Annual vaccination report of Bihar and Orissa - 1911-1928
Year: 1911
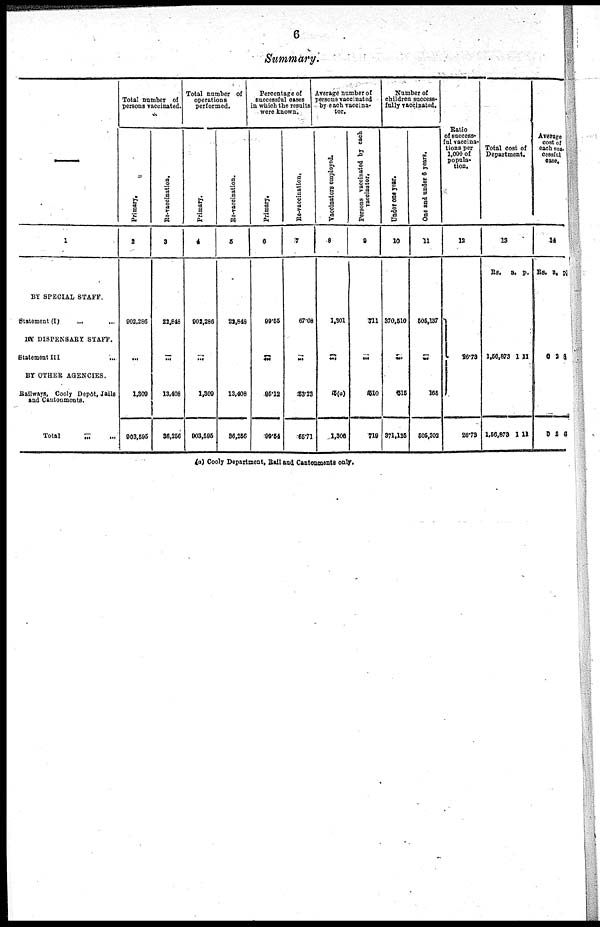
6
Summary.
—
1
BY SPECIAL STAFF.
Statement (I)
...
...
BY DISPENSARY STAFF.
Statement III
...
BY OTHER AGENCIES.
Railways, Cooly Depôt, Jails
and Cantonments.
Total ... ...
Total number of
persons vaccinated.
Primary.
2
902,286
...
1,309
903,596
Re-vaccination.
3
22,848
...
13,408
36,256
Total number of
operations
performed.
Primary.
4
902,286
...
1,309
903,595
Re-vaccination.
5
22,848
...
13,408
36,256
Percentage of
successful cases
in which the results
were known.
Primary.
6
99.55
...
95.12
99.54
Re-vaccination.
7
67.08
...
63.23
65.71
Average number of
persons vaccinated
by each vaccina-
tor.
Vaccinators employed.
8
1,301
...
5(a)
1,300
Persons vaccinated by each
vaccinator.
9
711
...
510
719
Number of
children success-
fully vaccinated.
Under one year.
10
370,510
...
515
371,125
One and under 6 years.
11
505,137
...
165
505,302
Ratio
of success-
ful vaccina-
tions.per
1,000 of
popula-
tion.
12
16.73
26.73
Total cost of
Department.
13
Rs. a. p.
1,56,873
1,56,873
1
1
11
11
Average
cost of
each suc-
cessful
case.
14
Rs. a. p.
0
0
2
2
5
6
(a) Cooly Department, Bail and Cantonments only.